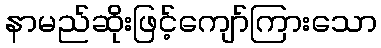
နာမည်ဆိုးဖြင့်ကျော်ကြားသော